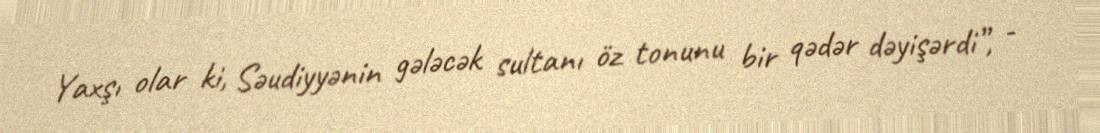
Yaxşı olar ki, Səudiyyənin gələcək sultanı öz tonunu bir qədər dəyişərdi”, -